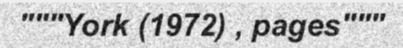
"""York (1972) , pages"""